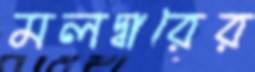
মলদ্বারের